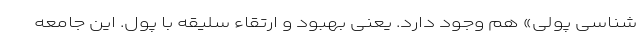
شناسی پولی» هم وجود دارد. یعنی بهبود و ارتقاء سلیقه با پول. این جامعه